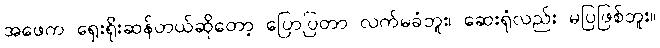
အဖေက ရှေးရိုးဆန်တယ်ဆိုတော့ ပြောပြတာ လက်မခံဘူး၊ ဆေးရုံလည်း မပြဖြစ်ဘူး။